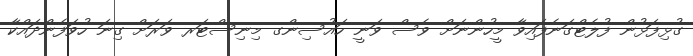
ގުޅިފަޅުން ފުލެޓްގަނެފައިވާ މީހުންނަށް ވެސް ވަނީ ހައުސިންގ މިނިސްޓަރ ވަރަށް ގިނަ ހުވަފެންދައްކާ